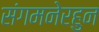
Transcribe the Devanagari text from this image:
संगमनेरहुन